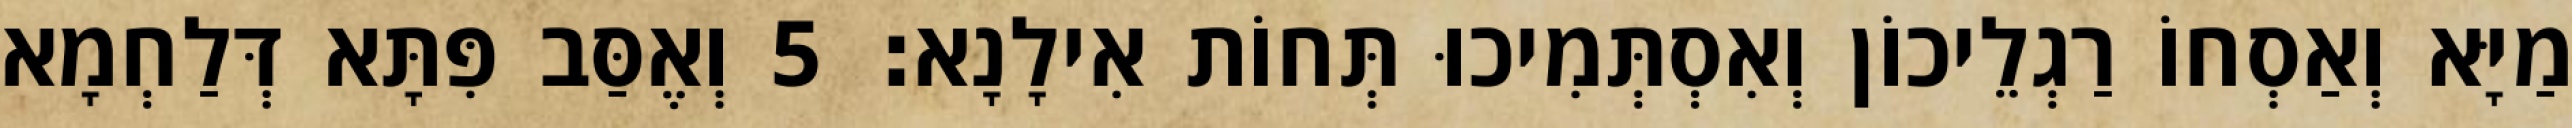
מַיָּא וְאַסְחוֹ רַגְלֵיכוֹן וְאִסְתְּמִיכוּ תְּחוֹת אִילָנָא׃ 5 וְאֶסַּב פִּתָּא דְּלַחְמָא